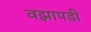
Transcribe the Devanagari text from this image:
वझापडी